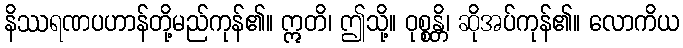
နိဿရဏပဟာန်တို့မည်ကုန်၏။ ဣတိ၊ ဤသို့။ ဝုစ္စန္တိ၊ ဆိုအပ်ကုန်၏။ လောကိယ